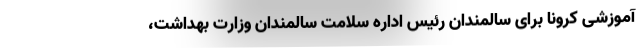
آموزشی کرونا برای سالمندان رئیس اداره سلامت سالمندان وزارت بهداشت،